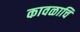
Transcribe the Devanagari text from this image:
कावळाचि